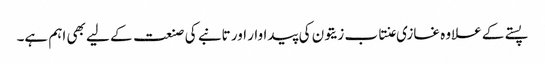
پستے کے علاوہ غازی عنتاب زیتون کی پیداوار اور تانبے کی صنعت کے لیے بھی اہم ہے۔